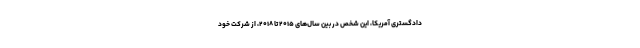
دادگستری آمریکا، این شخص در بین سال‌های ۲۰۱۵ تا ۲۰۱۸، از شرکت خود